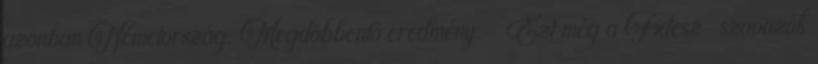
azonban Németország. Megdöbbentő eredmény - Ezt még a Fidesz-szavazók